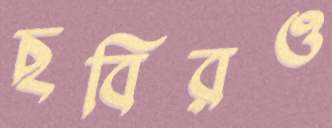
ছবিরও